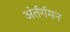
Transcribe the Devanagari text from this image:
अंर्तर्गमन